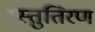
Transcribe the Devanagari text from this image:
प्रस्तुतिरण